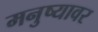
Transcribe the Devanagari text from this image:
मनुष्यावर